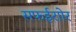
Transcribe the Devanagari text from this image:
सफईराोर